65_HS1-834228961_62-HQ-83894_Section_8
Agency: FBI
Page 138
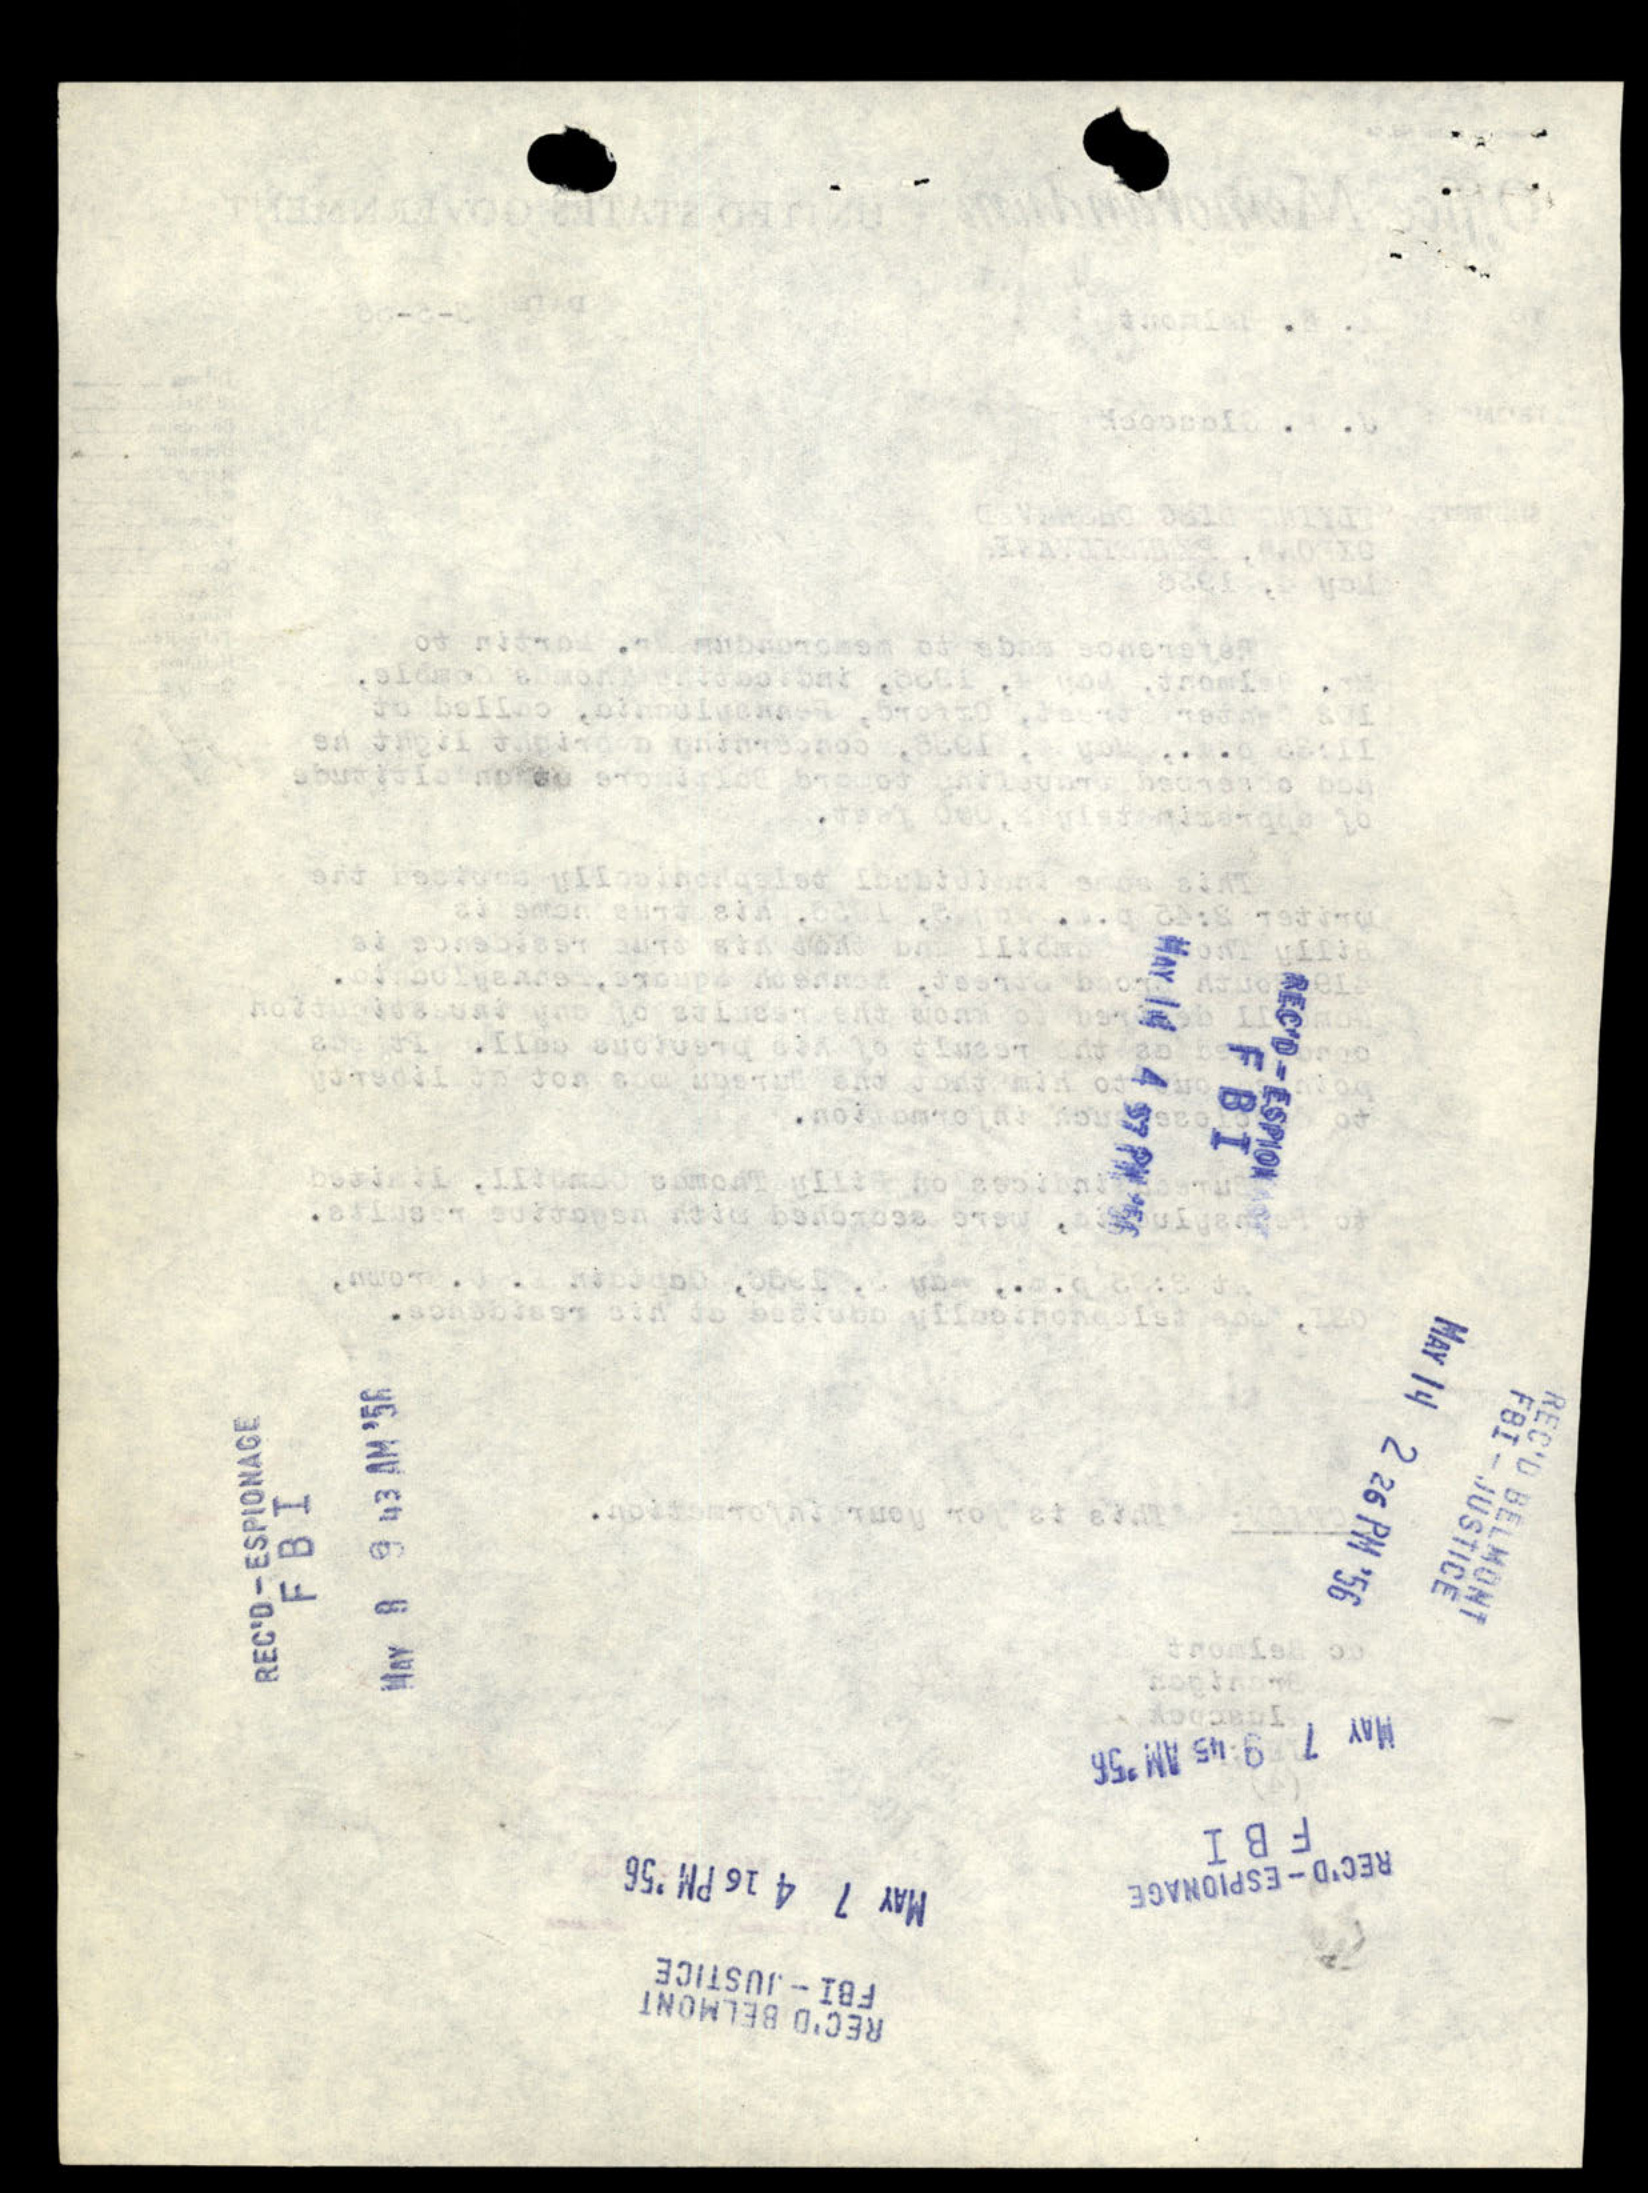